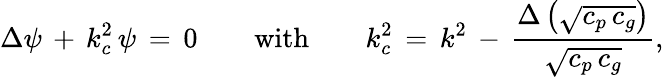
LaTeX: \Delta\psi\, +\, k_{c}^{2}\, \psi\, =\, 0\qquad{\mathrm{with}}\qquad k_{c}^{2}\, =\, k^{2}\, -\, {\frac{\Delta\left({\sqrt{c_{p}\, c_{g}}}\right)}{\sqrt{c_{p}\, c_{g}}}},